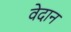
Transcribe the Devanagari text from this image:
वेदान